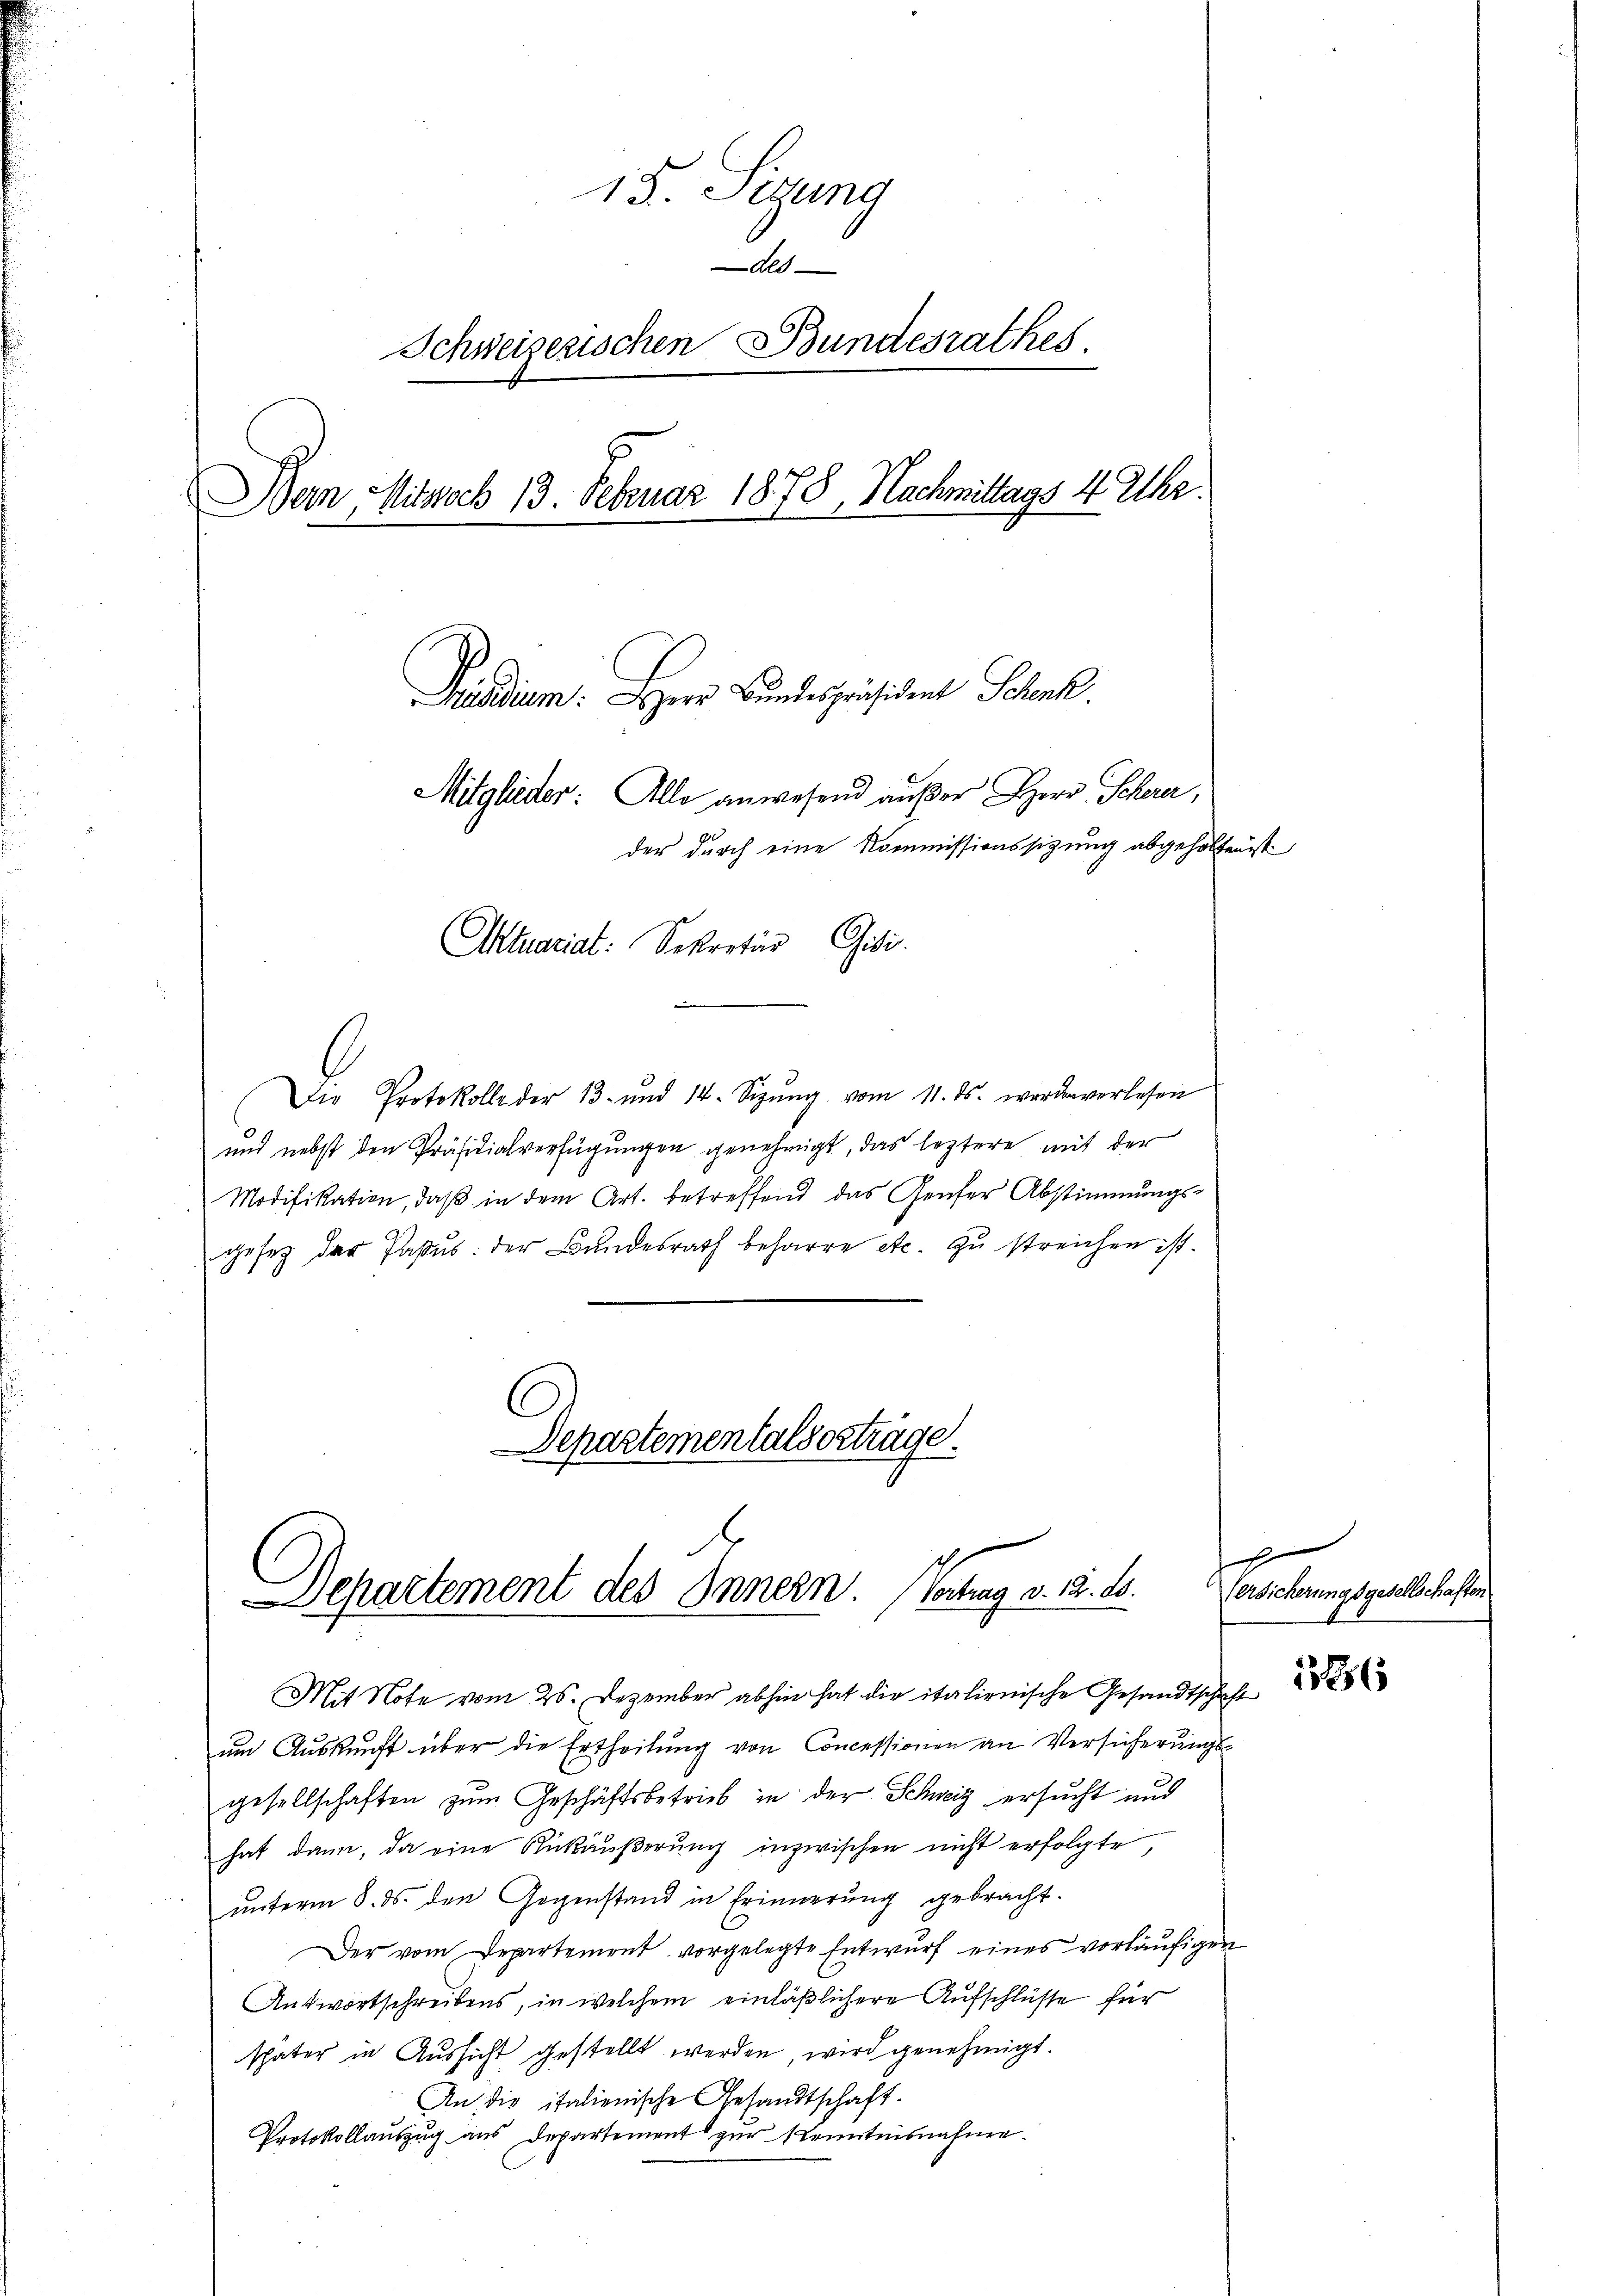
15. Sizung
Als
Schweizerischen Bundesrathes.
Dein Mitwoch 13. Februar 1878, Nachmittags 4 Uhr.
Prsdium. Herr Bundespräsident Schock
Mitglieder: Alle anwesend außer Herr Scherer,
der durch eine Kommissionssitzung abgeholfen ist
Aktuariat: Sekretär Gisis.

Die Protokolle der 13. und 14. Sizŭng vom 11. ds. worden verlesen
und nebst den Präsidialverfügungen genehmigt, das leztere mit der
Modifikation, daß in dem Art. betreffend das Genfer Abstimmungs-
gesetz der Paßus: der Bundesrath beharre etc. zu streichen ist.
Departementalserträge.

Departement des Innern. (Vortrag v. 18. 10.

Mit Note vom 25. Dezember abhin hat die italienische Gesandtschaft
um Auskunft über die Ertheilung von Concessionen an Versicherungsgesellschaften zŭm Geschäftsbetrieb in der Schweiz ersucht und
hat dann, da eine Rükäußerung inzwischen nicht erfolgte,
unterm 8. ds. den Gegenstand in Erinnerung gebracht.
Der vom Departement vorgelegte Entwurf eines vorläufigen
Antwortschreibens, in welchem einläßlichere Aufschlüsse für
später in Aussicht gestellt werden wird genehmigt.
An die italienische Gesandtschaft.
Protokollauszug aus Departement zur Kenntnisnahme.

g
Versicherungsgesellschaften
1886